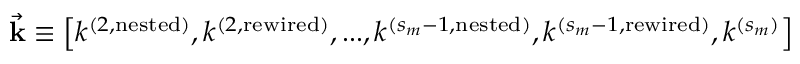
\vec { \mathbf { k } } \equiv \left[ k ^ { ( 2 , \mathrm { n e s t e d } ) } , k ^ { ( 2 , \mathrm { r e w i r e d } ) } , . . . , k ^ { ( s _ { m } - 1 , \mathrm { n e s t e d } ) } , k ^ { ( s _ { m } - 1 , \mathrm { r e w i r e d } ) } , k ^ { ( s _ { m } ) } \right]